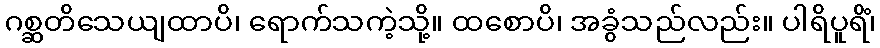
ဂစ္ဆတိသေယျထာပိ၊ ရောက်သကဲ့သို့။ ထစောပိ၊ အခွံသည်လည်း။ ပါရိပူရိံ၊